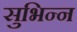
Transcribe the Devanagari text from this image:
सुभिन्न